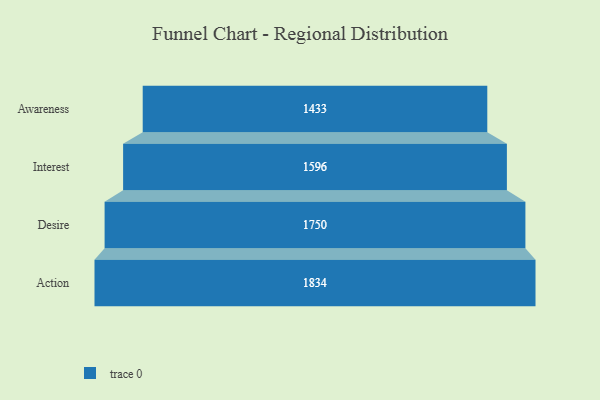
{"axis": {"x": "Stage", "y": "Value"}, "legend": [""], "data": [{"x": "Awareness", "y": 1433.0, "type": ""}, {"x": "Interest", "y": 1596.0, "type": ""}, {"x": "Desire", "y": 1750.0, "type": ""}, {"x": "Action", "y": 1834.0, "type": ""}]}